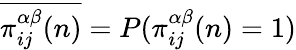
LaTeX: \overline{{\pi_{ij}^{\alpha\beta}(n)}}=P(\pi_{ij}^{\alpha\beta}(n)=1)